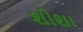
શીશા